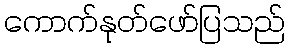
ကောက်နုတ်ဖော်ပြသည်